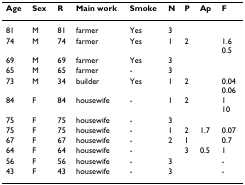
| Age | Sex | R | Main work | Smoke | N | P | Ap | F |
 | --- | --- | --- | --- | --- | --- | --- | --- | --- |
 | 81 | M | 81 | farmer | Yes | 3 |  |  |  |
 | 74 | M | 74 | farmer | Yes | 1 | 2 |  | 1.60.5 |
 | 69 | M | 69 | farmer | Yes | 3 |  |  |  |
 | 65 | M | 65 | farmer | - | 3 |  |  |  |
 | 73 | M | 34 | builder | Yes | 1 | 2 |  | 0.040.06 |
 | 84 | F | 84 | housewife | - | 1 | 2 |  | 110 |
 | 75 | F | 75 | housewife | - | 3 |  |  |  |
 | 75 | F | 75 | housewife | - | 1 | 2 | 1.7 | 0.07 |
 | 67 | F | 67 | housewife | - | 2 | 1 |  | 0.7 |
 | 64 | F | 64 | housewife | - |  | 3 | 0.5 | 1 |
 | 56 | F | 56 | housewife | - | 3 |  |  | - |
 | 43 | F | 43 | housewife | - | 3 |  |  | - |